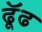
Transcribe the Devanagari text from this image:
ढूॅढ